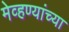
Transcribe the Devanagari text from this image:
मेव्हण्यांच्या